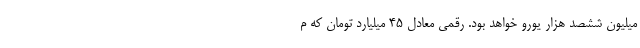
میلیون ششصد هزار یورو خواهد بود. رقمی معادل ۴۵ میلیارد تومان که م